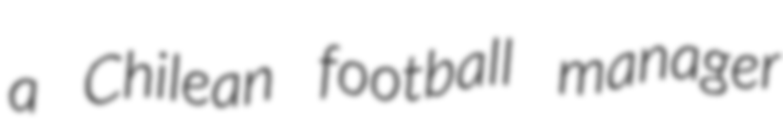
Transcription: a Chilean football manager